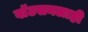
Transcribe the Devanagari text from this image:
वाॅटसनलाही